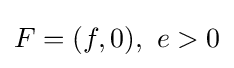
F=(f,0),\ e>0